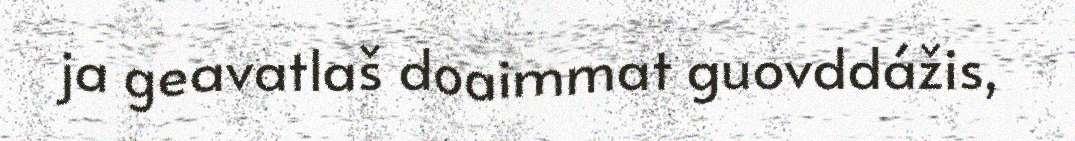
ja geavatlaš doaimmat guovddážis,